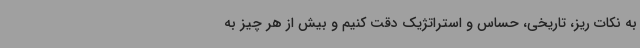
به نکات ریز، تاریخی، حساس و استراتژیک دقت کنیم و بیش از هر چیز به